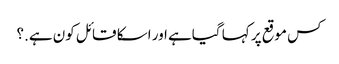
کس موقع پر کہا گیاہے اور اسکا قائل کون ہے.؟